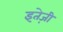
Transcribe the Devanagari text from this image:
इतेज़ी